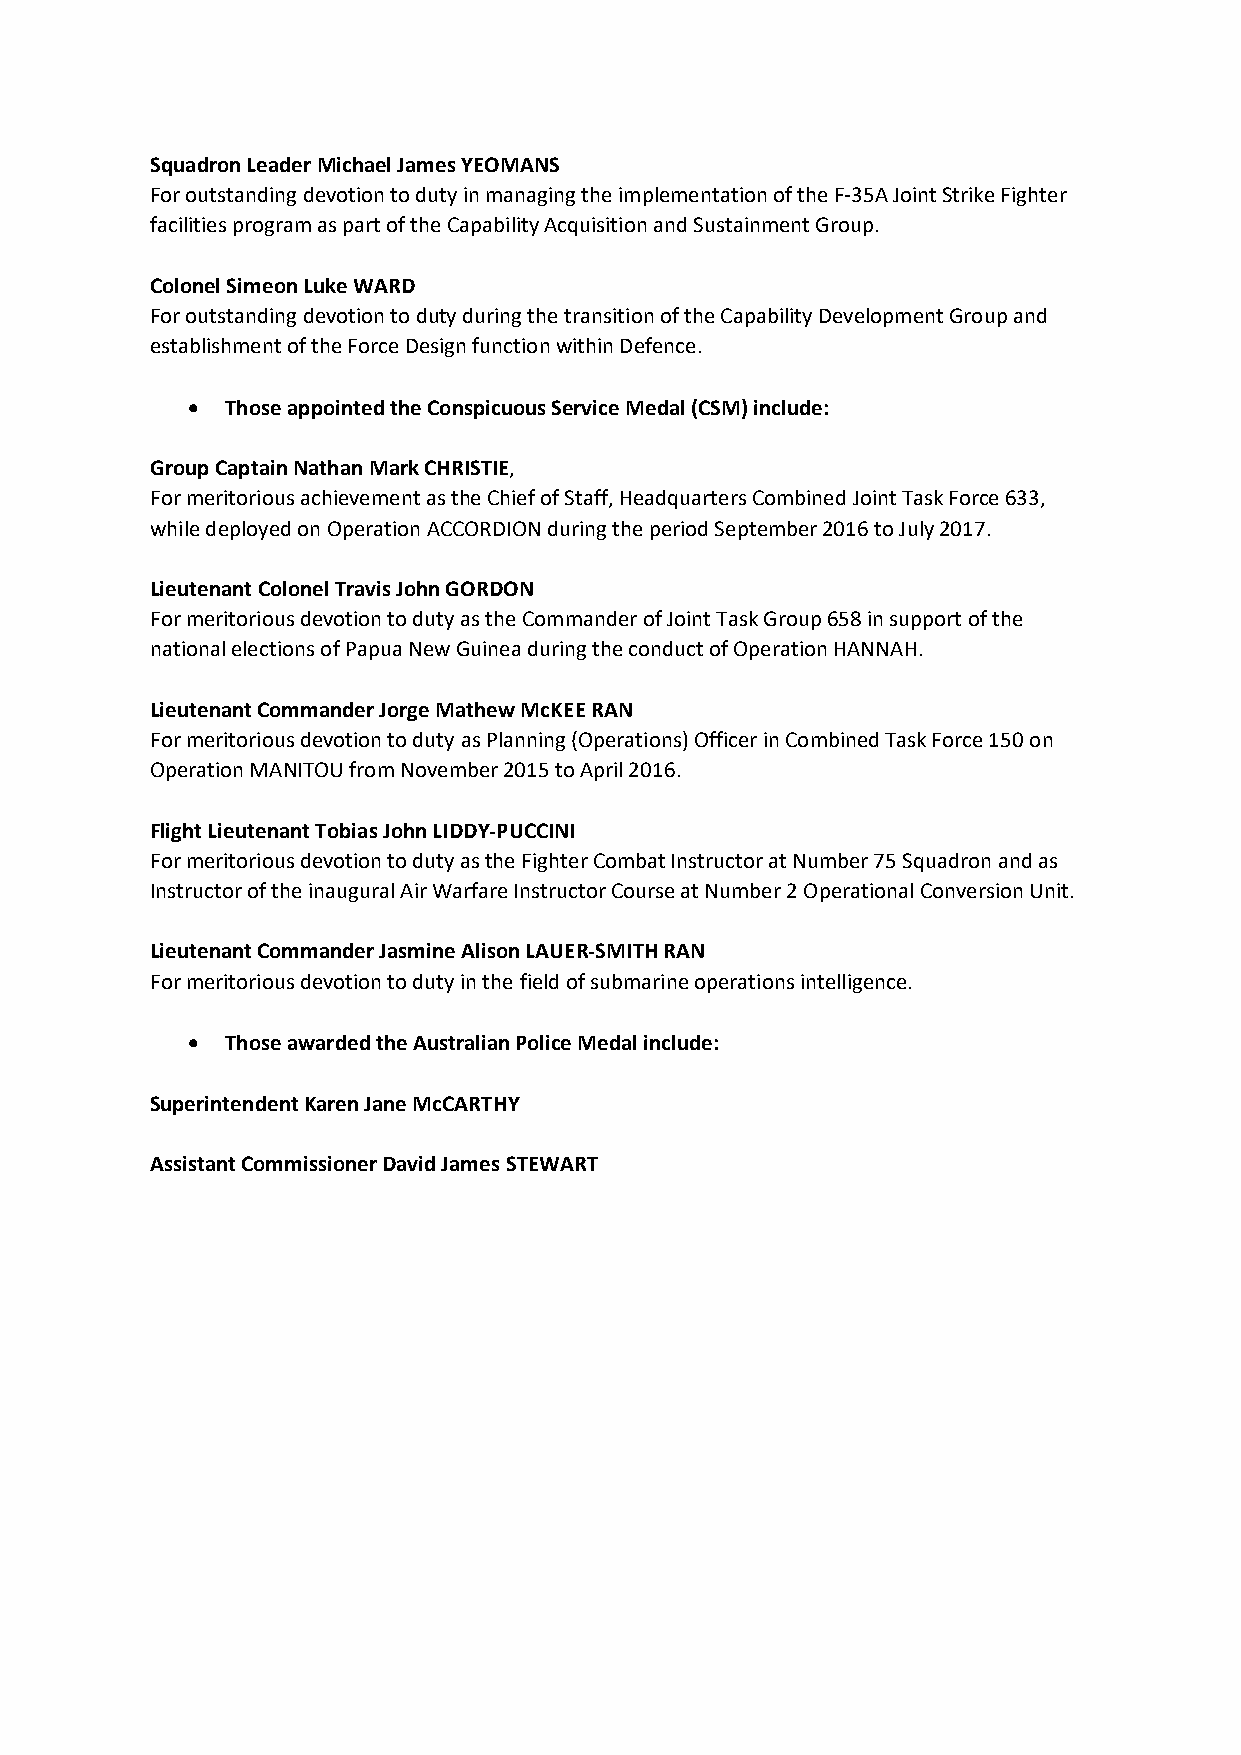
Squadron Leader Michael James YEOMANS
 For outstanding devotion to duty in managing the implementation of the F-35A Joint Strike Fighter
 facilities program as part of the Capability Acquisition and Sustainment Group.
 Colonel Simeon Luke WARD
 For outstanding devotion to duty during the transition of the Capability Development Group and
 establishment of the Force Design function within Defence.
 •  Those appointed the Conspicuous Service Medal (CSM) include:
 Group Captain Nathan Mark CHRISTIE,
 For meritorious achievement as the Chief of Staff, Headquarters Combined Joint Task Force 633,
 while deployed on Operation ACCORDION during the period September 2016 to July 2017.
 Lieutenant Colonel Travis John GORDON
 For meritorious devotion to duty as the Commander of Joint Task Group 658 in support of the
 national elections of Papua New Guinea during the conduct of Operation HANNAH.
 Lieutenant Commander Jorge Mathew McKEE RAN
 For meritorious devotion to duty as Planning (Operations) Officer in Combined Task Force 150 on
 Operation MANITOU from November 2015 to April 2016.
 Flight Lieutenant Tobias John LIDDY-PUCCINI
 For meritorious devotion to duty as the Fighter Combat Instructor at Number 75 Squadron and as
 Instructor of the inaugural Air Warfare Instructor Course at Number 2 Operational Conversion Unit.
 Lieutenant Commander Jasmine Alison LAUER-SMITH RAN
 For meritorious devotion to duty in the field of submarine operations intelligence.
 •  Those awarded the Australian Police Medal include:
 Superintendent Karen Jane McCARTHY
 Assistant Commissioner David James STEWART